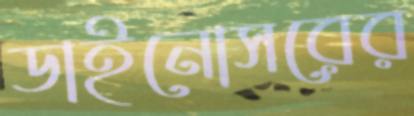
ডাইনোসরের